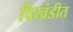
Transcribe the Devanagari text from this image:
विखंडीत